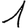
Digit: 1